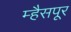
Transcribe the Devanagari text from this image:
म्हैसपूर